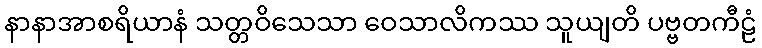
နာနာအာစရိယာနံ သတ္တဝိသေသာ ဝေသာလိကဿ သူယျတိ ပဗ္ဗတကီဠံ